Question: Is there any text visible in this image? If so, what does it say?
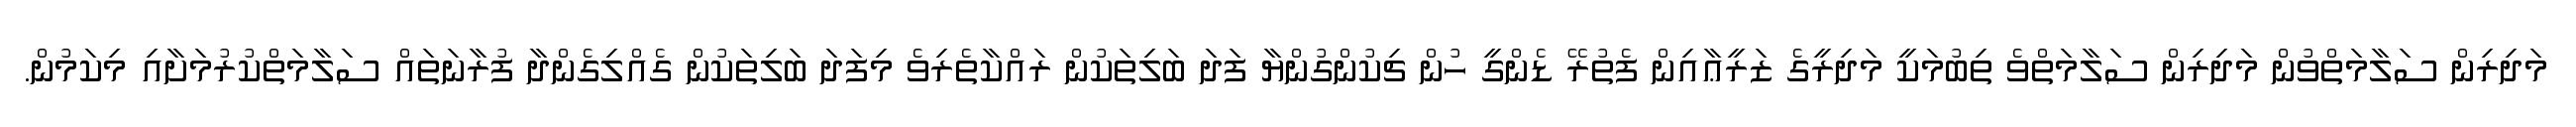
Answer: މަދިރިން ސަލާމަތްވުން މަދިރިން ސަލާމަތްވެ ތިބުމަކީ މަދިރީގެ ޒަރީޢާއިން ފެތުރޭ ޑެންގީ ހުން ޗިކުންގުންޔާ ފަދަ ބަލިތަކުން ރައްކާތެރިވެ މިފަދަ ބަލިތަކުން ގެއްލިގެންދާ ފުރާނަތައް ސަލާމަތްކުރުމަށާއި މިކަމުން.